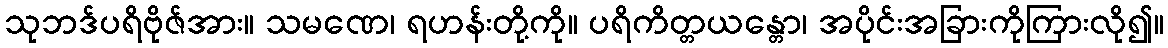
သုဘဒ်ပရိဗိုဇ်အား။ သမဏေ၊ ရဟန်းတို့ကို။ ပရိကိတ္တယန္တော၊ အပိုင်းအခြားကိုကြားလို၍။